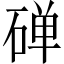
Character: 䃅